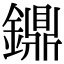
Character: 鐤